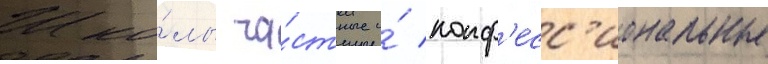
Шко́лы ча́стные и́ конф'есс'иональные